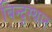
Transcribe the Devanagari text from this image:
बिन्दुस्थान